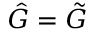
\hat { G } = \tilde { G }